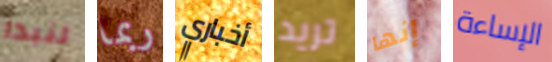
لنبدا ربما أخباري تريد إنها الإساءة